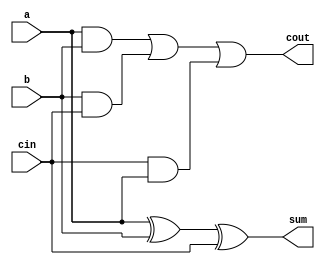
module full_add2(a,b,cin,sum,cout);
	input a,b,cin;
	output sum,cout;
	assign sum=a^b^cin;
	assign cout=(a&b)|(b&cin)|(cin&a);
endmodule